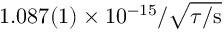
\ensuremath { 1 . 0 8 7 ( 1 ) \times 1 0 ^ { - 1 5 } } / \sqrt { \tau / \mathrm { { s } } }